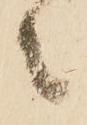
々